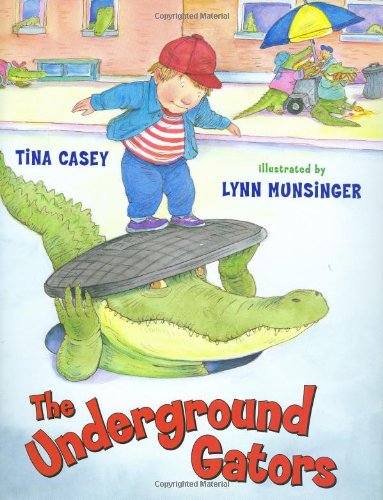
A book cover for The Underground Gators; Tina Casey; Humor & Entertainment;